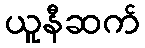
ယူနီဆက်